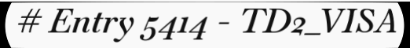
# Entry 5414 - TD2_VISA